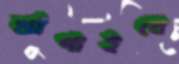
ঝাঁপাইবে